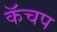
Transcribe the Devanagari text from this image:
कॅचप